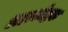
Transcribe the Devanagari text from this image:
अभ्रकोष्ठक